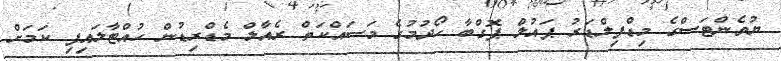
ޔުވެންޓަސްގެ މިޑްފިލްޑަރު ޕައުލް ޕޮގްބާ ހޯދުމުގެ މަސައްކަތް ރެއާލް މެޑްރިޑުން ހުއްޓާލައިފި ކަމަށް